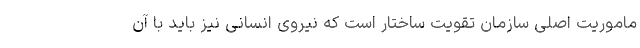
ماموریت اصلی سازمان تقویت ساختار است که نیروی انسانی نیز باید با آن